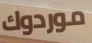
موردوك